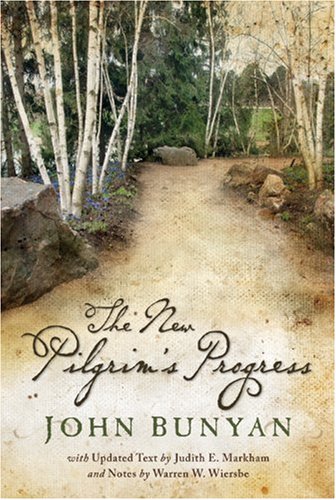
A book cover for The New Pilgrim's Progress; John Bunyan; Christian Books & Bibles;